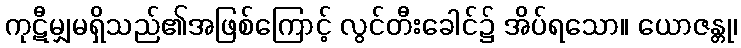
ကုဋီမျှမရှိသည်၏အဖြစ်ကြောင့် လွင်တီးခေါင်၌ အိပ်ရသော။ ယောဇန္တု၊